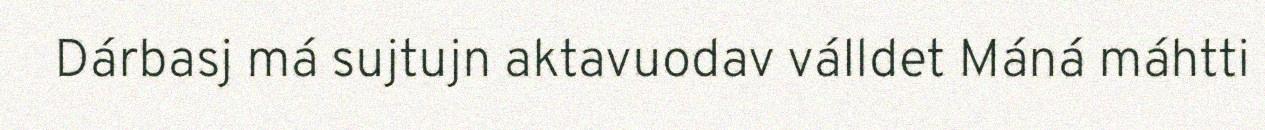
Dárbasj má sujtujn aktavuodav válldet Máná máhtti